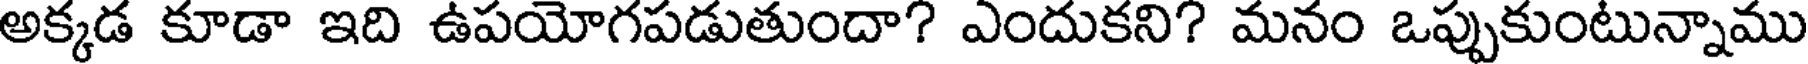
అక్కడ కూడా ఇది ఉపయోగపడుతుందా? ఎందుకని? మనం ఒప్పుకుంటున్నాము